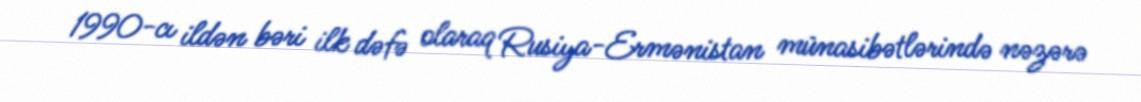
1990-cı ildən bəri ilk dəfə olaraq Rusiya-Ermənistan münasibətlərində nəzərə